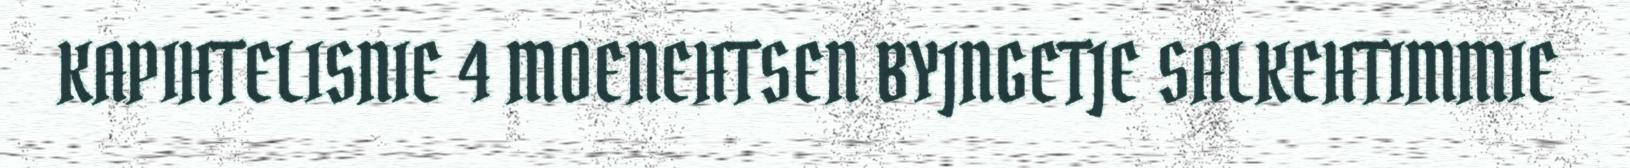
KAPIHTELISNIE 4 MOENEHTSEN BYJNGETJE SALKEHTIMMIE